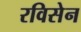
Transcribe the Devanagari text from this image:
रविसेन